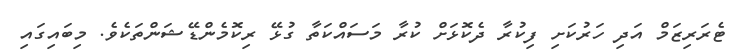
ޓެރަރިޒަމް އަދި ހަރުކަށި ފިކުރާ ދެކޮޅަށް ކުރާ މަސައްކަތާ ގުޅޭ ރިކޮމެންޑޭޝަންތަކެވެ. މިބައިގައި